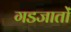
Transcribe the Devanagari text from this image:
गडजातों